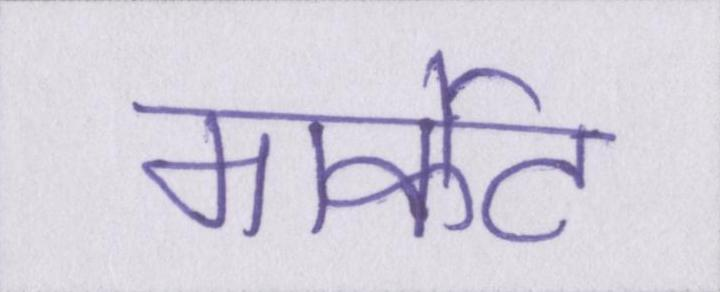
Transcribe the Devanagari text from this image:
मार्केट